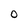
Character: O